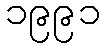
၁၉၉၁